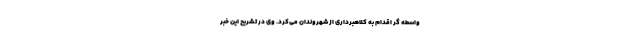
واسطه گر اقدام به کلاهبرداری از شهروندان می‌کرد. وی در تشریح این خبر